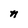
Character: n